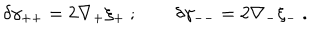
\delta \gamma _ { + + } = 2 \nabla _ { + } \xi _ { + } ~ ; \qquad \delta \gamma _ { -- } = 2 \nabla _ { - } \xi _ { - } ~ .